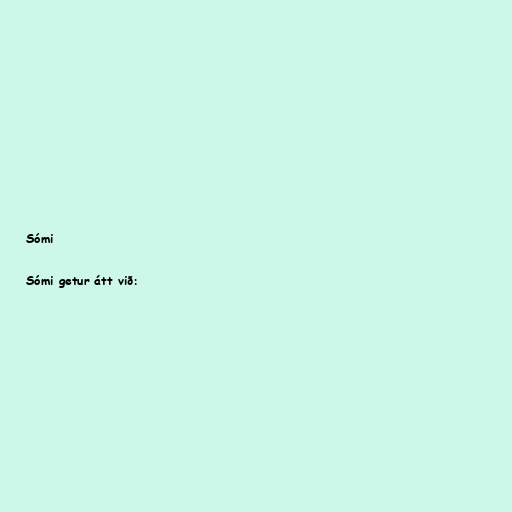
Sómi

Sómi getur átt við: